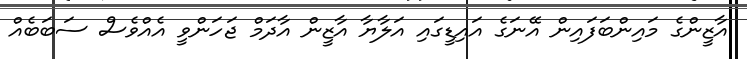
އާޒީންގެ މައިންބަފައިން އޭނަގެ އައިޑީގައި އަލާޔާ އާޒީން އާދަމް ޖަހަންވީ އެއްވެސް ސަބަބެއް